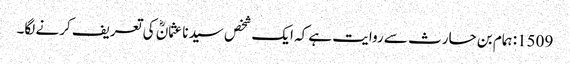
1509: ہمام بن حارث سے روایت ہے کہ ایک شخص سیدنا عثمانؓ کی تعریف کرنے لگا۔